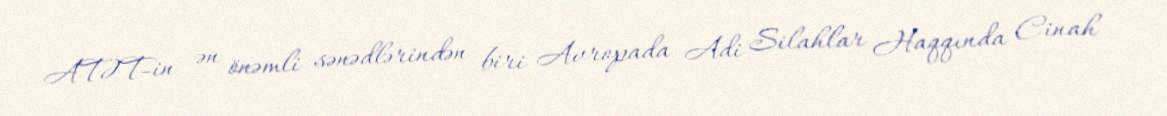
ATƏT-in ən önəmli sənədlərindən biri Avropada Adi Silahlar Haqqında Cinah